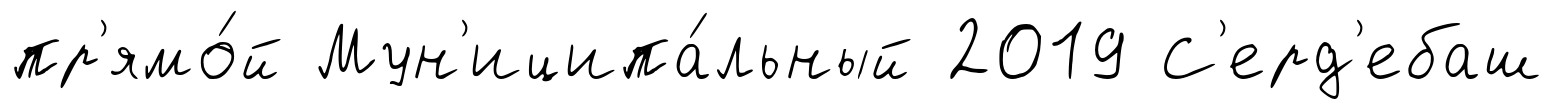
пр'ямо́й Мун'иципа́льный 2019 С'ерд'ебаш